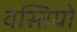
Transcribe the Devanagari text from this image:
वस्तियो